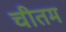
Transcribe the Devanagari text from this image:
चीतम